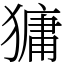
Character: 㺎